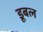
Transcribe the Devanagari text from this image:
डूबल